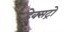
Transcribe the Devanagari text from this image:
डेक्सट्रो